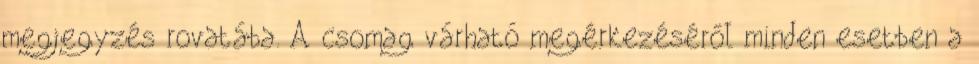
megjegyzés rovatába. A csomag várható megérkezéséről minden esetben a